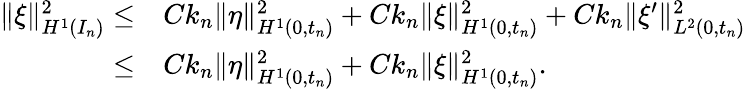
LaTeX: \begin{array}{r}{\begin{array}{rl}{\| \xi\| _{H^{1}(I_{n})}^{2}\leq}&{Ck_{n}\| \eta\| _{H^{1}(0,t_{n})}^{2}+Ck_{n}\| \xi\| _{H^{1}(0,t_{n})}^{2}+Ck_{n}\| \xi^{\prime}\| _{L^{2}(0,t_{n})}^{2}}\\ {\leq}&{Ck_{n}\| \eta\| _{H^{1}(0,t_{n})}^{2}+Ck_{n}\| \xi\| _{H^{1}(0,t_{n})}^{2}.}\end{array}}\end{array}